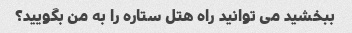
ببخشید می توانید راه هتل ستاره را به من بگویید؟